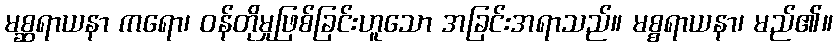
မစ္ဆရာယနာ ကရော၊ ဝန်တိုမှုဖြစ်ခြင်းဟူသော အခြင်းအရာသည်။ မစ္စရာယနာ၊ မည်၏။